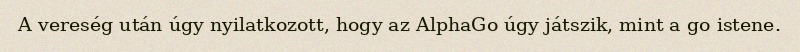
A vereség után úgy nyilatkozott, hogy az AlphaGo úgy játszik, mint a go istene.